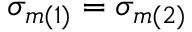
\sigma _ { m ( 1 ) } = \sigma _ { m ( 2 ) }